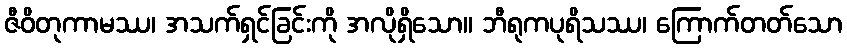
ဇီဝိတုကာမဿ၊ အသက်ရှင်ခြင်းကို အလိုရှိသော။ ဘီရုကပုရိသဿ၊ ကြောက်တတ်သော